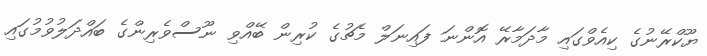
ޔޫކްރޭނުގެ ކިއެވްގައި މާދަމާރޭ އޮންނަ ފައިނަލް މެޗުގެ ކުރިން ބޭއްވި ނޫސްވެރިންގެ ބައްދަލުވުމުގައި